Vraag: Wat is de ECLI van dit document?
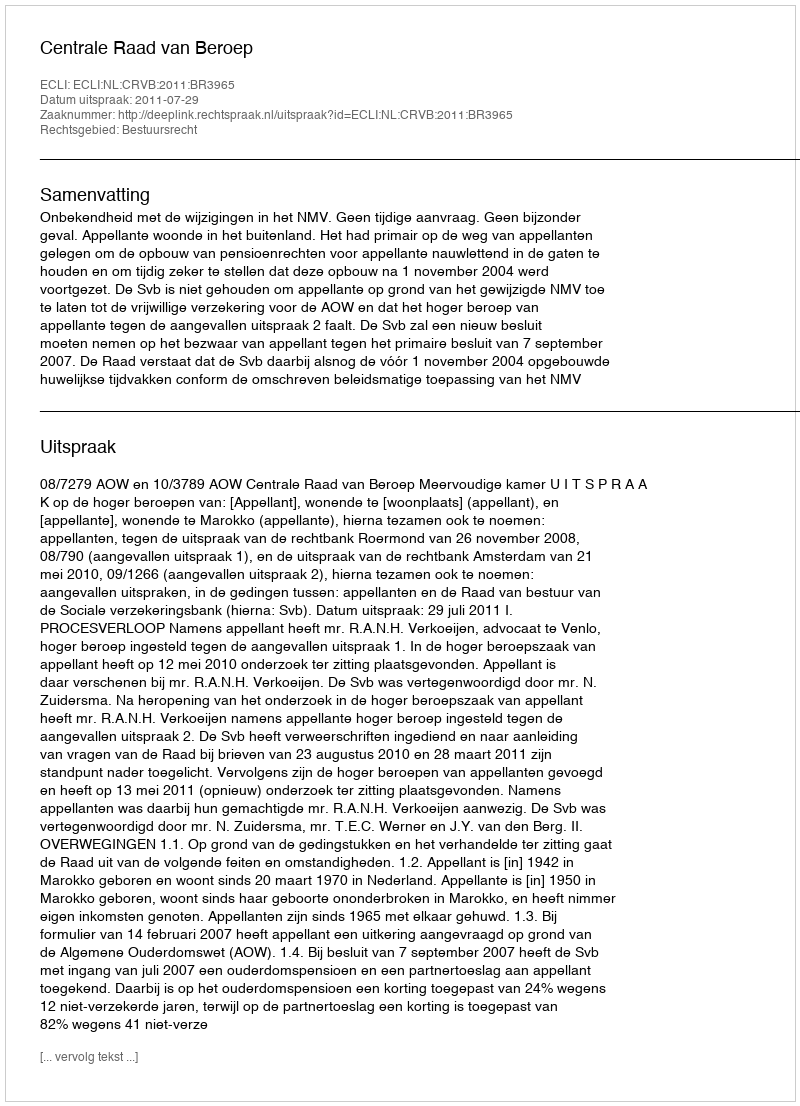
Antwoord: ECLI:NL:CRVB:2011:BR3965